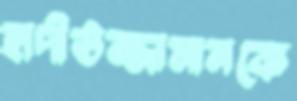
হাদীউজ্জামানকে